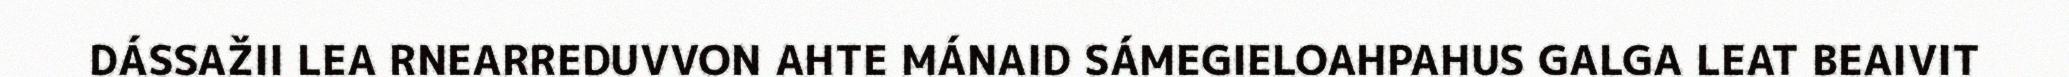
DÁSSAŽII LEA RNEARREDUVVON AHTE MÁNAID SÁMEGIELOAHPAHUS GALGA LEAT BEAIVIT